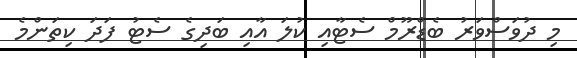
މި ދުވަސްވަރު ބެޑްރޫމް ސެޓާއި ކުލަ އާއި ބަދިގެ ސެޓު ފަދަ ކިތަންމެ